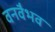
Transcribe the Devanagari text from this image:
वनवैभव